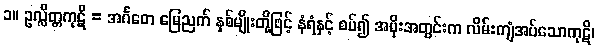
၁။ ဥလ္လိတ္တကုဋိ = အင်္ဂတေ မြေညက် နှစ်မျိုးတို့ဖြင့် နံရံနှင့် စပ်၍ အမိုးအတွင်းက လိမ်းကျံအပ်သောကုဋိ၊